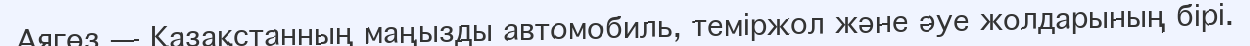
Аягөз — Қазақстанның маңызды автомобиль, теміржол және әуе жолдарының бірі.